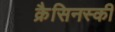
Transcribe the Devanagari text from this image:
क्रैसिनस्की